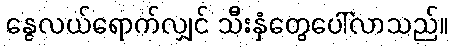
နွေလယ်ရောက်လျှင် သီးနှံတွေပေါ်လာသည်။